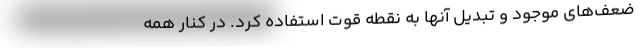
ضعف‌های موجود و تبدیل آنها به نقطه قوت استفاده کرد. در کنار همه­